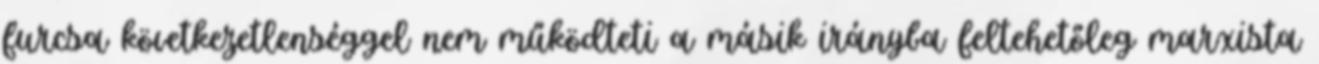
furcsa következetlenséggel nem működteti a másik irányba feltehetőleg marxista